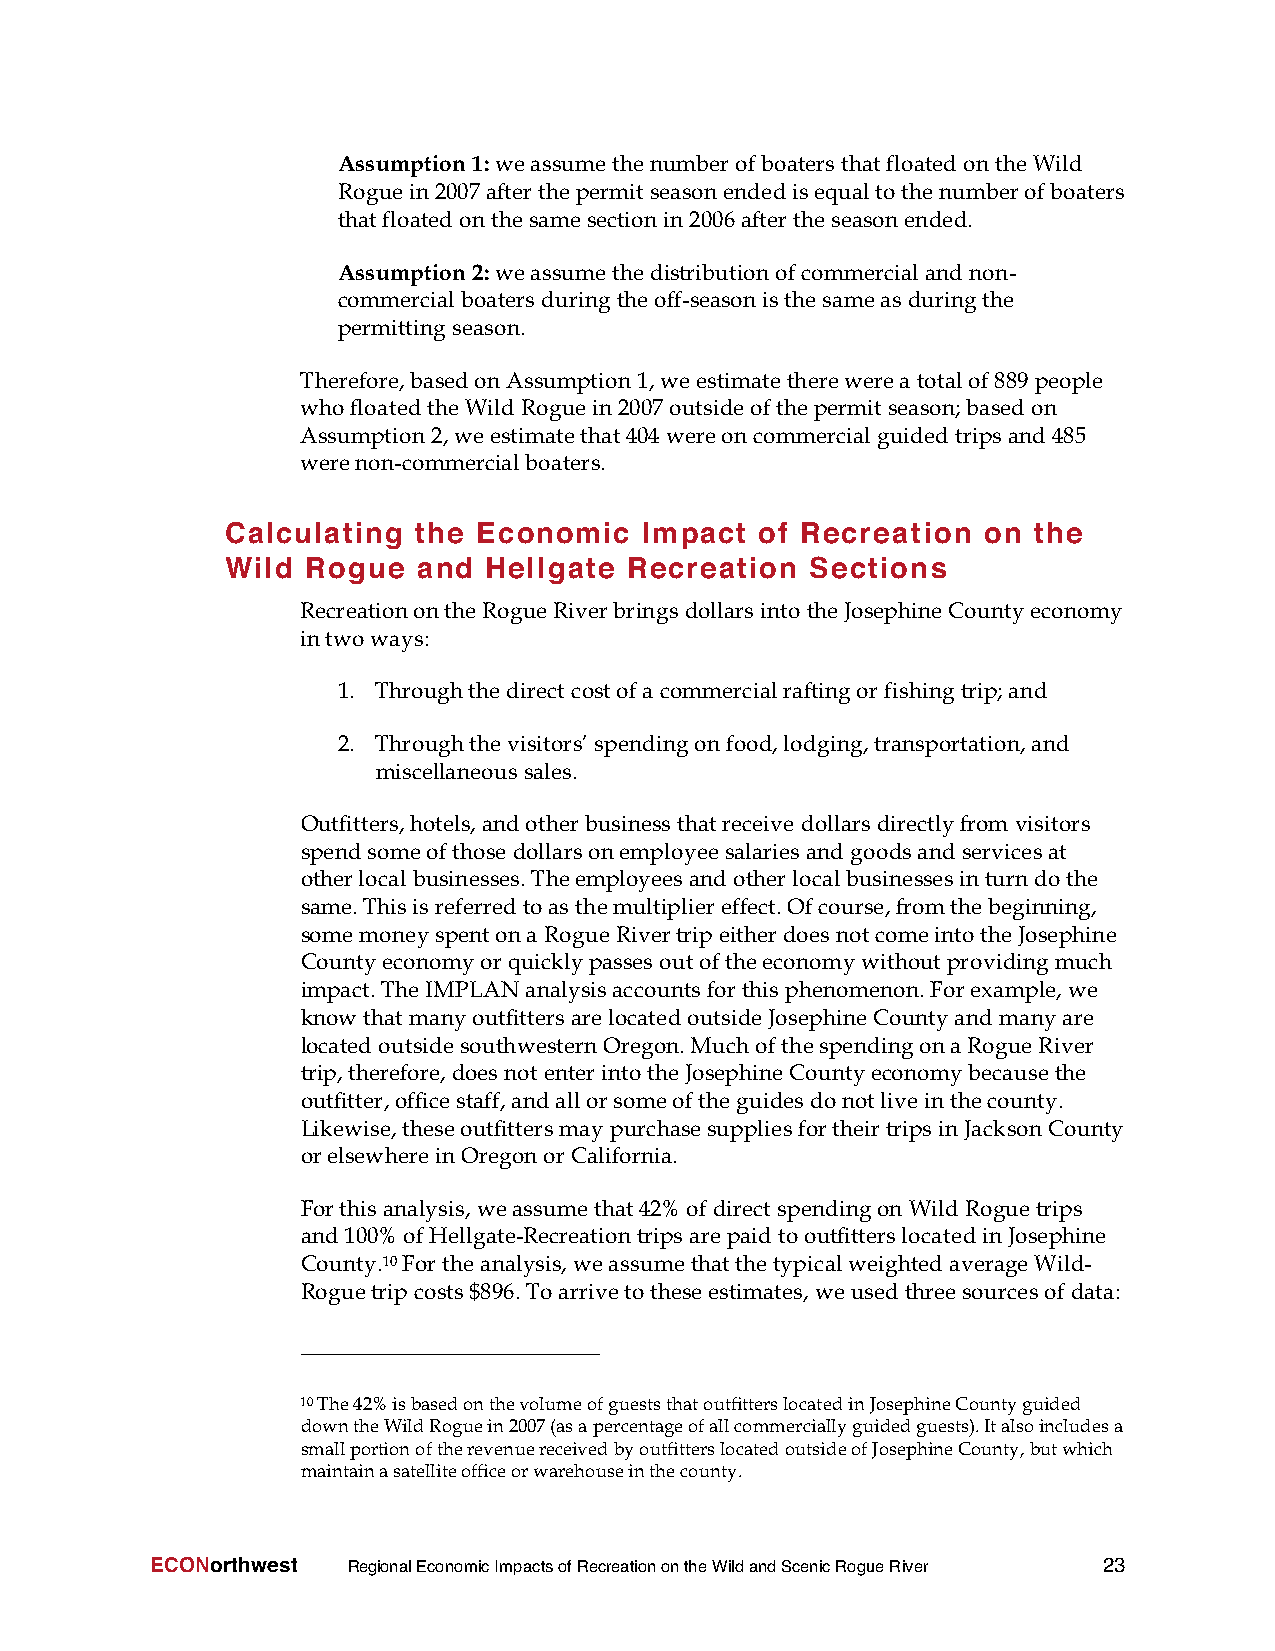
Assumption1:weassumethenumberofboatersthatfloatedontheWild
 Roguein2007afterthepermitseasonendedisequaltothenumberofboaters
 thatfloatedonthesamesectionin2006aftertheseasonended.
 Assumption2:weassumethedistributionofcommercialand non-
 commercialboaters duringtheoff-seasonisthesameas duringthe
 permittingseason.
 Therefore,basedonAssumption1,weestimatetherewerea totalof889 people
 whofloatedtheWildRoguein2007outsideofthepermitseason;basedon
 Assumption2,weestimatethat404 wereoncommercialguidedtripsand485
 werenon-commercialboaters.
 Calculating  the Economic   Impact of Recreation  on the
 Wild Rogue   and Hellgate Recreation   Sections
 RecreationontheRogueRiverbrings dollarsinto theJosephineCountyeconomy
 intwoways:
 1. Throughthedirectcostofa commercialraftingorfishingtrip;and
 2. Throughthevisitors’spendingonfood,lodging,transportation,and
 miscellaneoussales.
 Outfitters,hotels,andotherbusinessthatreceive dollars directlyfrom visitors
 spendsomeofthose dollarsonemployeesalariesandgoodsandservicesat
 otherlocalbusinesses.Theemployeesandotherlocalbusinessesinturndothe
 same.Thisisreferredtoasthemultipliereffect.Ofcourse,fromthebeginning,
 somemoneyspentona RogueRivertripeitherdoesnotcomeintotheJosephine
 Countyeconomyorquicklypassesoutoftheeconomywithoutprovidingmuch
 impact.TheIMPLANanalysisaccountsforthisphenomenon.Forexample,we
 knowthatmanyoutfittersarelocatedoutsideJosephineCountyandmanyare
 locatedoutsidesouthwesternOregon.Muchofthespendingona RogueRiver
 trip,therefore, doesnotenterintotheJosephineCountyeconomybecausethe
 outfitter,officestaff,andallorsomeoftheguidesdonotliveinthecounty.
 Likewise,theseoutfittersmaypurchasesuppliesfortheirtripsinJacksonCounty
 orelsewhereinOregonorCalifornia.
 Forthisanalysis,weassumethat42%of directspendingon WildRoguetrips
 and100%ofHellgate-RecreationtripsarepaidtooutfitterslocatedinJosephine
 County.10Fortheanalysis,weassumethatthetypicalweightedaverageWild-
 Roguetripcosts$896.Toarrivetotheseestimates,weusedthreesourcesof data:
 10The42%isbasedonthevolumeofgueststhatoutfitterslocatedinJosephineCountyguided
 downtheWildRoguein2007(asapercentageofallcommerciallyguidedguests).Italsoincludesa
 smallportionoftherevenuereceivedbyoutfitterslocatedoutsideofJosephineCounty,butwhich
 maintainasatelliteofficeorwarehouseinthecounty.
 ECONorthwest RegionalEconomicImpactsofRecreationontheWildandScenicRogueRiver 23